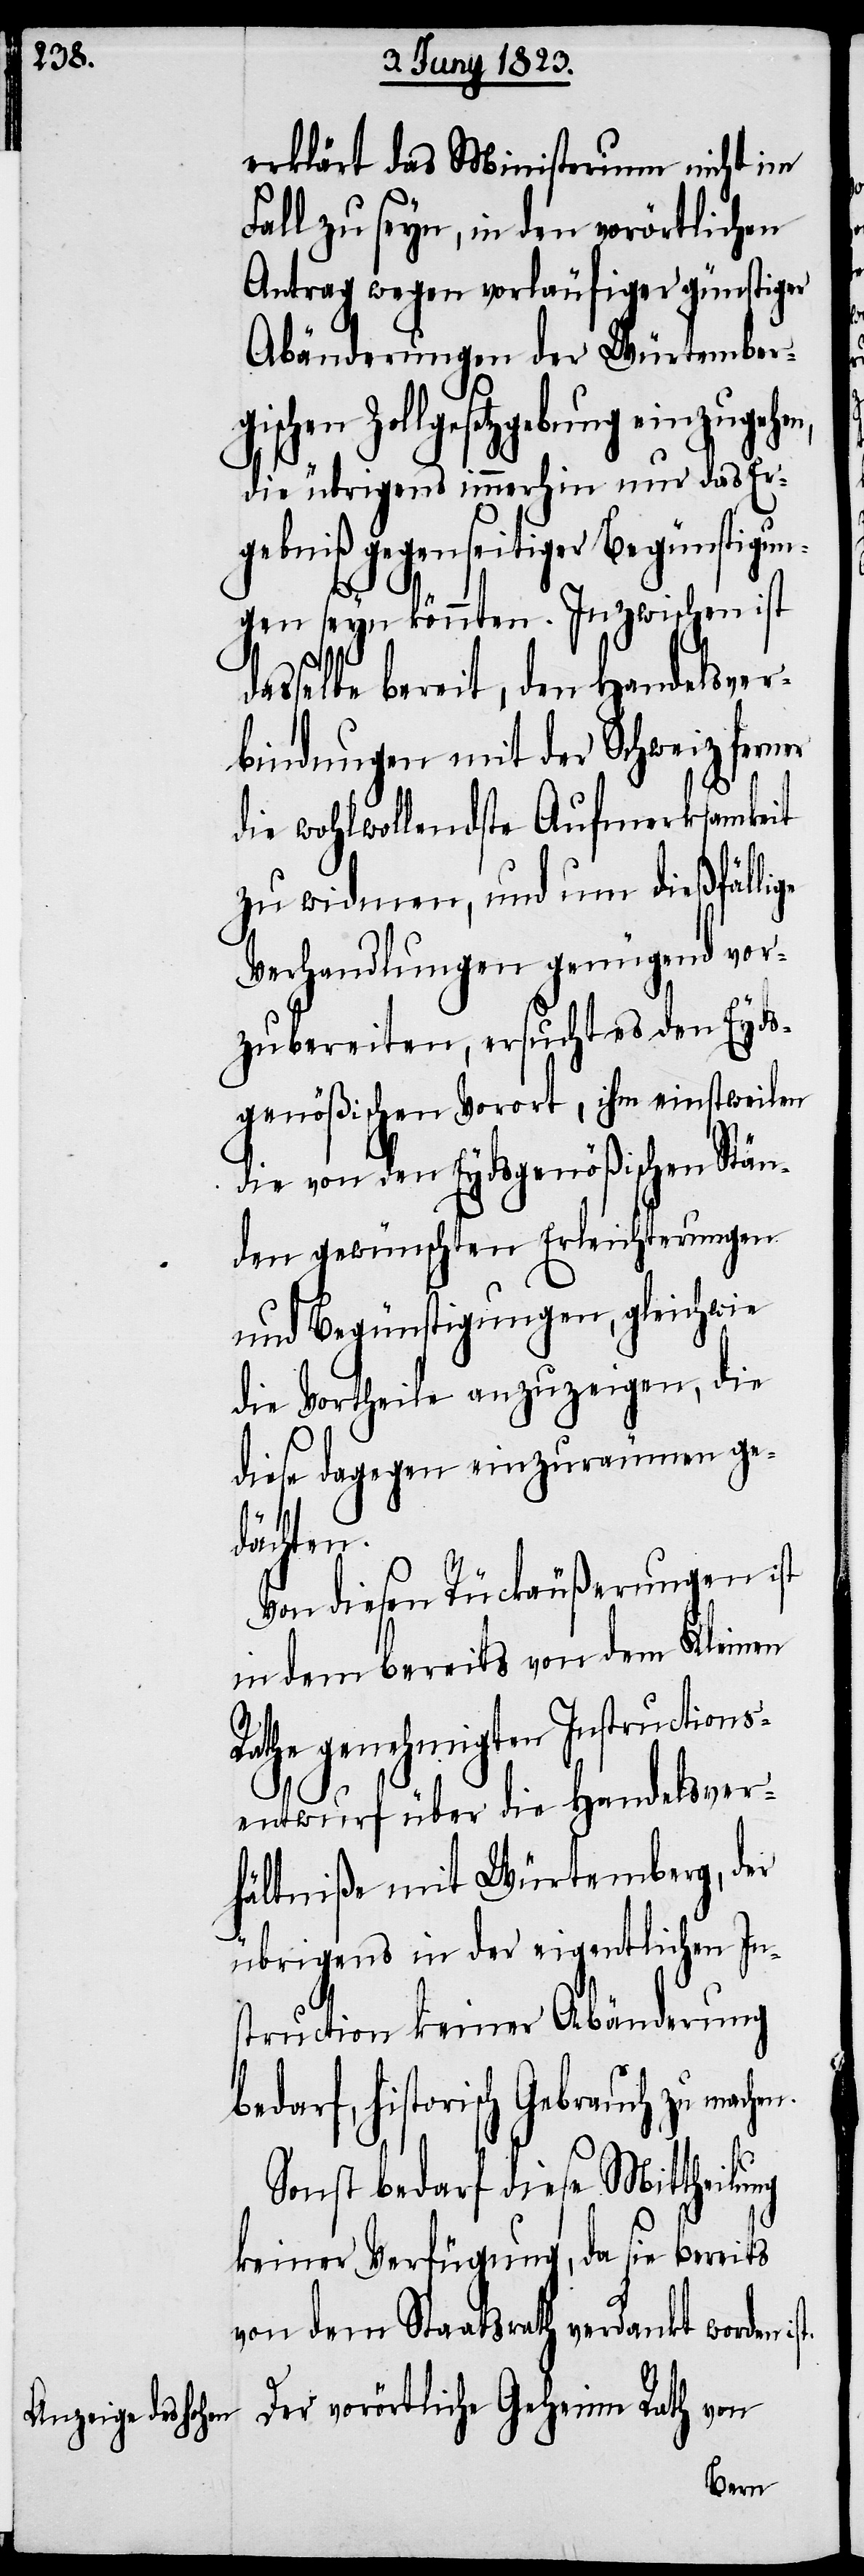
erklärt das Ministerium nicht im
Fall zu seyn, in den vorörtlichen
Antrag wegen vorläufiger günstiger
Abänderungen der Würtember¬
gischen Zollgesetzgebung einzugehen,
die übrigens immerhin nur das Er¬
gebniß gegenseitiger Begünstigun¬
gen seyn könnten. Inzwischen ist
dasselbe bereit, den Handelsver¬
bindungen mit der Schweiz ferner
die wohlwollendste Aufmerksamkeit
zu widmen, und um dießfällige
Verhandlungen genügend vor¬
zubereiten, ersucht es den Eyds¬
genößischen Vorort, ihm einstweilen
die von den Eydsgenößischen Stän¬
den gewünschten Erleichterungen
und Begünstigungen, gleichwie
die Vortheile anzuzeigen, die
diese dagegen einzuräumen ge¬
machen.
Von diesen Rückäußerungen ist
in dem bereits von dem Kleinen
Rathe genehmigten Instruction¬
sentwurf über die Handelsver¬
hältniße mit Würtemberg, der
übrigens in der eigentlichen In¬
struction keiner Abänderung
bedarf, historisch Gebrauch zu
Sonst bedarf diese Mittheilung
keiner Verfügung, da sie bereits
von dem Staatsrath verdankt worden
Der vorörtliche Geheime Rath von